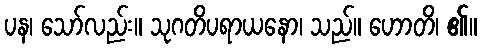
ပန၊ သော်လည်း။ သုဂတိပရာယနော၊ သည်။ ဟောတိ၊ ၏။